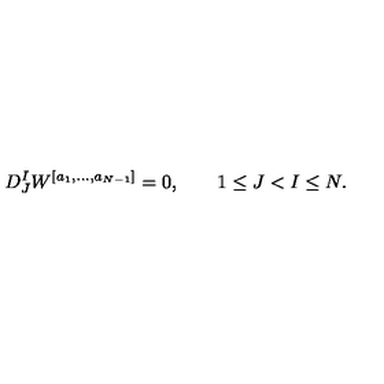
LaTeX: D _ { J } ^ { I } W ^ { [ a _ { 1 } , \ldots , a _ { N - 1 } ] } = 0 , \qquad 1 \leq J < I \leq N .